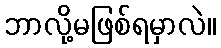
ဘာလို့မဖြစ်ရမှာလဲ။